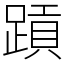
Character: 𬧄